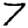
Digit: 7